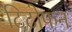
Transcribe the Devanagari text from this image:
टिटोफन